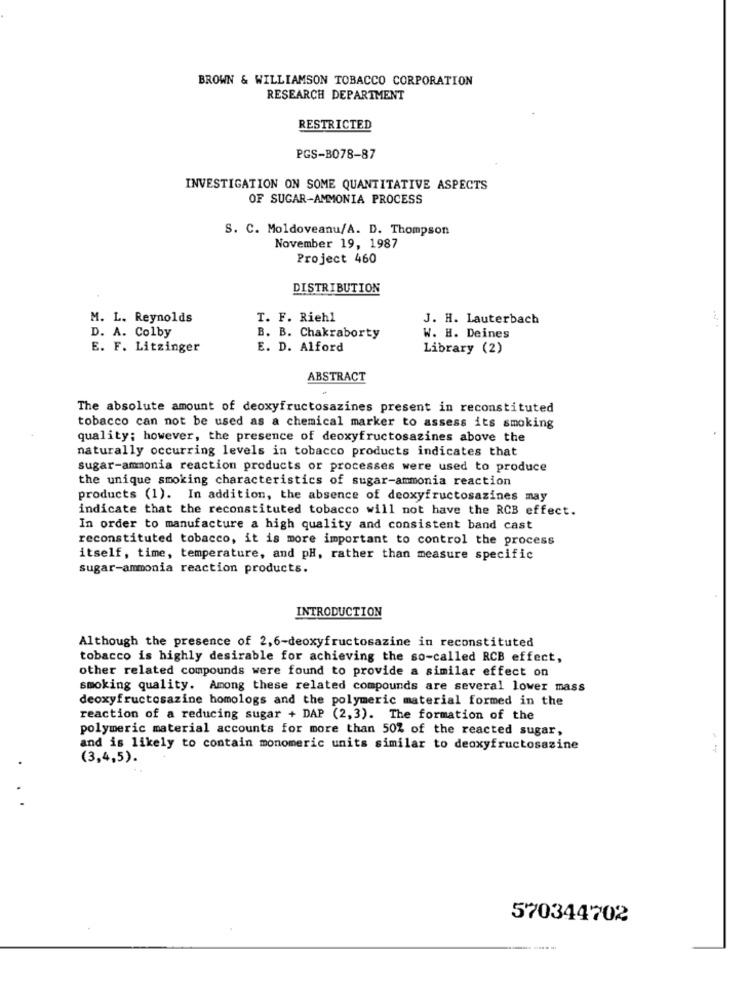
BROWN & WILLIAMSON TOBACCO CORPORATION
RESEARCH DEPARTMENT
RESTRICTED
PGS-B078-87
INVESTIGATION ON SOME QUANTITATIVE ASPECTS
OF SUGAR-AMMONIA PROCESS
S. C. Moldoveanu/A. D. Thompson
November 19, 1987
Project 460
DISTRIBUTION
M. L. Reynolds
T. F. Riehl
J. H. Lauterbach
D. A. Colby
B. B. Chakraborty
W. H. Deines
E. F. Litzinger
E. D. Alford
Library (2)
ABSTRACT
The absolute amount of deoxyfructosazines present in reconstituted
tobacco can not be used as a chemical marker to assess its smoking
quality; however, the presence of deoxyfructosazines above the
naturally occurring levels in tobacco products indicates that
sugar-ammonia reaction products or processes were used to produce
the unique smoking characteristics of sugar-ammonia reaction
products (1). In addition, the absence of deoxyfructosazines may
indicate that the reconstituted tobacco will not have the RCB effect.
In order to manufacture a high quality and consistent band cast
reconstituted tobacco, it is more important to control the process
itself, time, temperature, and pH, rather than measure specific
sugar-ammonia reaction products.
INTRODUCTION
Although the presence of 2,6-deoxyfructosazine in reconstituted
tobacco is highly desirable for achieving the so-called RCB effect,
other related compounds were found to provide a similar effect on
smoking quality. Among these related compounds are several lower mass
deoxyfructosazine homologs and the polymeric material formed in the
reaction of a reducing sugar + DAP (2,3). The formation of the
polymeric material accounts for more than 50% of the reacted sugar,
and is likely to contain monomeric units similar to deoxyfructosazine
(3,4,5).
.
. .
570344702